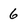
Character: 6